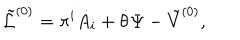
{ \tilde { \cal L } } ^ { ( 0 ) } = \pi ^ { i } \dot { A _ { i } } + \dot { \theta } \Psi - { \tilde { V } } ^ { ( 0 ) } ,